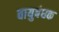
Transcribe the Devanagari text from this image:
वायुबंधक